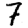
Digit: 7